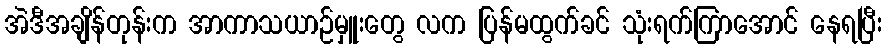
အဲဒီအချိန်တုန်းက အာကာသယာဉ်မှူးတွေ လက ပြန်မထွက်ခင် သုံးရက်ကြာအောင် နေရပြီး